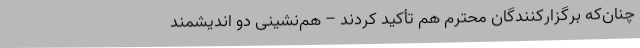
چنان‌که برگزارکنندگان محترم هم تأکید کردند – هم‌نشینی دو اندیشمند